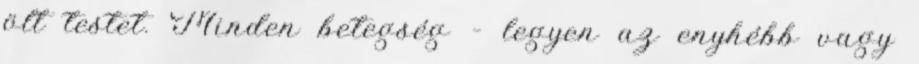
ölt testet. Minden betegség – legyen az enyhébb vagy